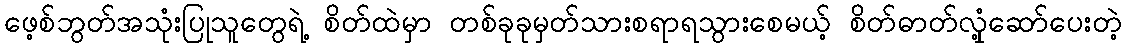
ဖေ့စ်ဘွတ်အသုံးပြုသူတွေရဲ့ စိတ်ထဲမှာ တစ်ခုခုမှတ်သားစရာရသွားစေမယ့် စိတ်ဓာတ်လှုံ့ဆော်ပေးတဲ့